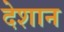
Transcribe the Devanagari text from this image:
देशान